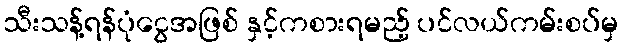
သီးသန့်ရန်ပုံငွေအဖြစ် နှင့်ကစားရမည့် ပင်လယ်ကမ်းစပ်မှ